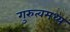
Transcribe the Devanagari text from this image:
गुरुत्वमध्य